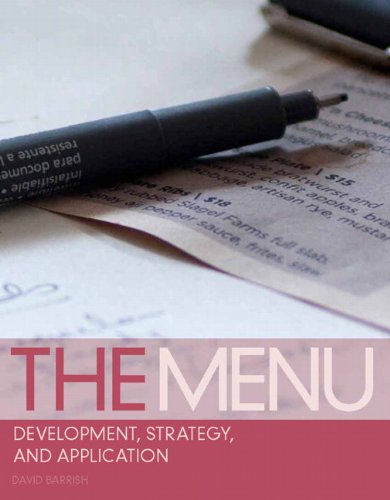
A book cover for The Menu: Development, Strategy, and Application; David Barrish; Cookbooks, Food & Wine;